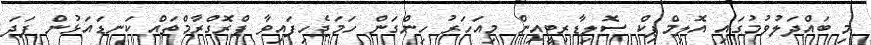
މި ބައްދަލުވުމުގައި އޮލިމްޕިކް ސޮލިޑާރިޓީއިން މިއަަހަރު ހިންގަން ހަމަޖެހިފައިވާ ޕްރޮގްރާމްތައް ކަނޑައަޅުން ފަދަ